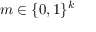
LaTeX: m \in \{ 0 , 1 \} ^ { k }